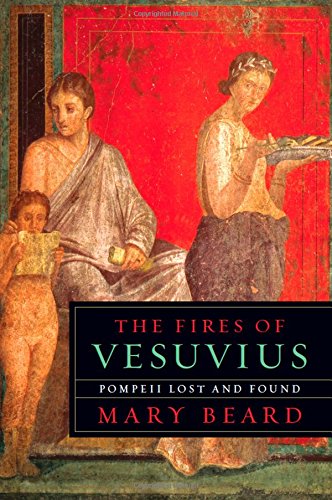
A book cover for The Fires of Vesuvius: Pompeii Lost and Found; Mary Beard; Science & Math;